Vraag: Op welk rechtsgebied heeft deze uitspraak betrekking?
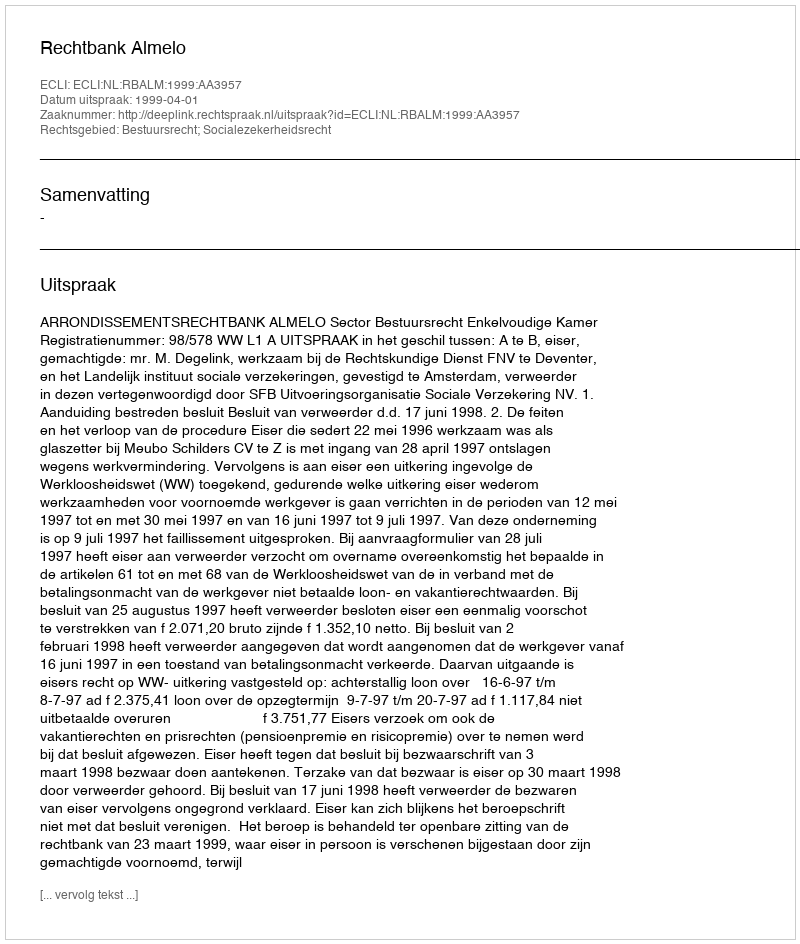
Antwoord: Bestuursrecht; Socialezekerheidsrecht